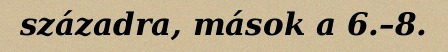
századra, mások a 6.–8.